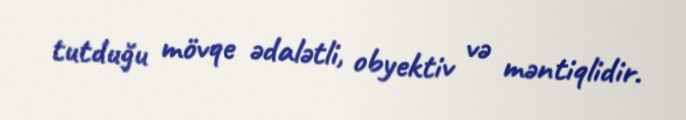
tutduğu mövqe ədalətli, obyektiv və məntiqlidir.